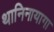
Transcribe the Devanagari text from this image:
थानिनायागा